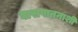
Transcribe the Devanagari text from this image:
घासपातनाशी